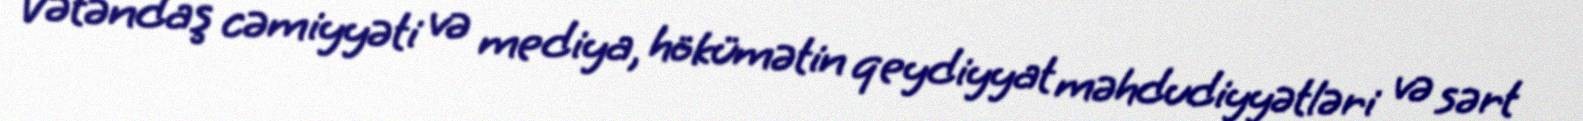
Vətəndaş cəmiyyəti və mediya, hökümətin qeydiyyat məhdudiyyətləri və sərt